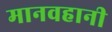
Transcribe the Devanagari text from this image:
मानवहानी